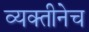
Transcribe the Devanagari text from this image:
व्यक्तीनेच